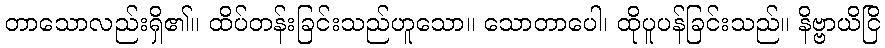
တာသောလည်းရှိ၏။ ထိပ်တန်းခြင်းသည်ဟူသော။ သောတာပေါ၊ ထိုပူပန်ခြင်းသည်။ နိဗ္ဗာယိငြိ